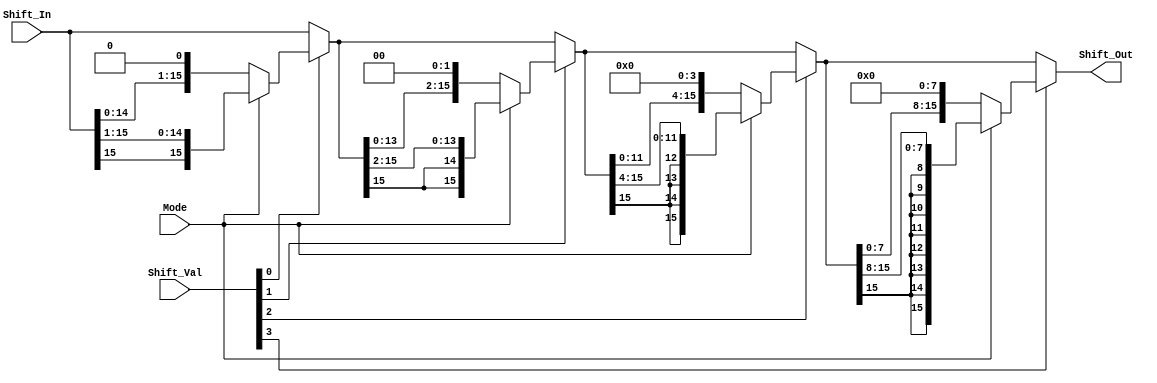
module Shifter_reg (Shift_Out, Shift_In, Shift_Val, Mode);

input [15:0] Shift_In; // This is the input data to perform shift operation on
input [3:0] Shift_Val; // Shift amount (used to shift the input data)
input  Mode; // To indicate 0=SLL or 1=SRA
output [15:0] Shift_Out; // Shifted output data

wire [15:0] Shift_1, Shift_2, Shift_4, Shift_8;

assign Shift_1 = Shift_Val[0] ? Mode? {Shift_In[15], Shift_In[15:1]} : {Shift_In[14:0], 1'b0}
                                : Shift_In;

assign Shift_2 = Shift_Val[1] ? Mode? {{2{Shift_1[15]}}, Shift_1[15:2]} : {Shift_1[13:0], 2'b00}
                                : Shift_1;

assign Shift_4 = Shift_Val[2] ? Mode? {{12{Shift_2[15]}}, Shift_2[15:4]} : {Shift_2[11:0], 4'h0}
                                : Shift_2;

assign Shift_8 = Shift_Val[3] ? Mode? {{8{Shift_4[15]}}, Shift_4[15:8]} : {Shift_4[7:0], 8'h00}
                                : Shift_4;

assign Shift_Out = Shift_8;

endmodule